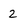
Character: 2